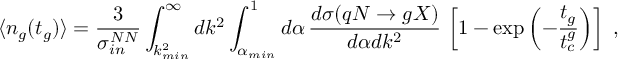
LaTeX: \langle n _ { g } ( t _ { g } ) \rangle = \frac { 3 } { \sigma _ { i n } ^ { N N } } \int _ { k _ { m i n } ^ { 2 } } ^ { \infty } d k ^ { 2 } \int _ { \alpha _ { m i n } } ^ { 1 } d \alpha \, \frac { d \sigma ( q N \rightarrow g X ) } { d \alpha d k ^ { 2 } } \, \left[ 1 - \exp \left( - \frac { t _ { g } } { t _ { c } ^ { g } } \right) \right] \, \, ,